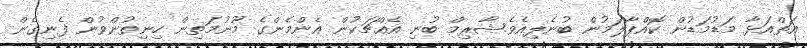
އަތްއަޅާ މަޑުމަޑުން ކޮއްޕާލަމުން ބުނެލިއެވެ.ޝާރިމް ބުނި އެއްޗަކުން އެންމެންގެ މޫނުމަތިން ހިނިތުންވުން ފެނިގެން